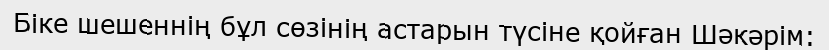
Біке шешеннің бұл сөзінің астарын түсіне қойған Шәкәрім: